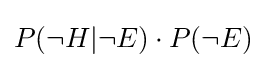
P(\neg H|\neg E)\cdot P(\neg E)